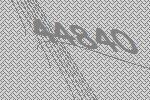
44840